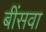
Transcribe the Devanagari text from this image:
बींसवा